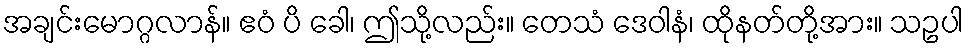
အချင်းမောဂ္ဂလာန်။ ဧဝံ ပိ ခေါ၊ ဤသို့လည်း။ တေသံ ဒေဝါနံ၊ ထိုနတ်တို့အား။ သဥပါ